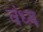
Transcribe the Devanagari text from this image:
वंध्य